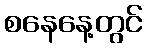
စနေနေ့တွင်